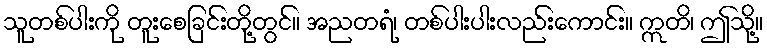
သူတစ်ပါးကို တူးစေခြင်းတို့တွင်။ အညတရံ၊ တစ်ပါးပါးလည်းကောင်း။ ဣတိ၊ ဤသို့။